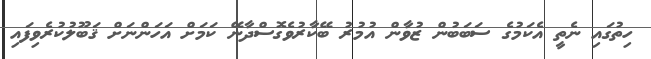
ހިތުގައި ނެތީ އެކަމުގެ ސަބަބުން ޒުވާން އުމުރު ބޭކާރުވެގޮސްދާނޭ ކަމަށް އަހަންނަށް ޤަބޫލުކުރެވިފައި